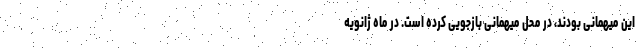
این میهمانی بودند، در محل میهمانی بازجویی کرده است. در ماه ژانویه